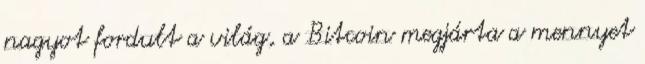
nagyot fordult a világ, a Bitcoin megjárta a mennyet